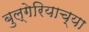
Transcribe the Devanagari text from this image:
बुल्गेरियाच्या